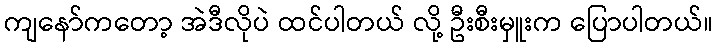
ကျနော်ကတော့ အဲဒီလိုပဲ ထင်ပါတယ် လို့ ဦးစီးမှူးက ပြောပါတယ်။